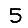
Digit: 5